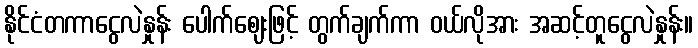
နိုင်ငံတကာငွေလဲနှုန်း ပေါက်ဈေးဖြင့် တွက်ချက်ကာ ဝယ်လိုအား အဆင့်တူငွေလဲနှုန်း။